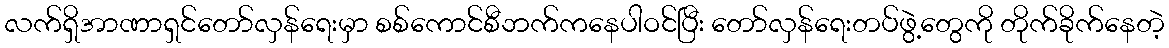
လက်ရှိအာဏာရှင်တော်လှန်ရေးမှာ စစ်ကောင်စီဘက်ကနေပါဝင်ပြီး တော်လှန်ရေးတပ်ဖွဲ့တွေကို တိုက်ခိုက်နေတဲ့